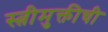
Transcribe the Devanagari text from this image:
स्त्रीमुक्तीची